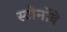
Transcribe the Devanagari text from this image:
स्टोर्नोवे